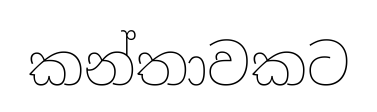
කන්තාවකට